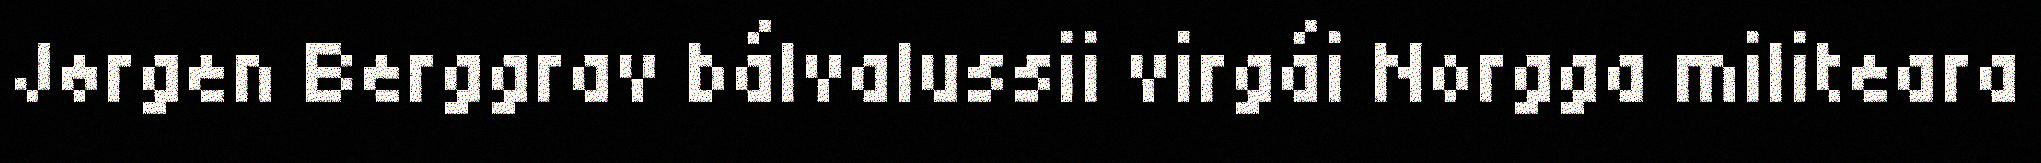
Jørgen Berggrav bálvalussii virgái Norgga militeara